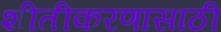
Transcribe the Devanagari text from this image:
शीतीकरणासाठी